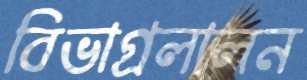
বিভাগ্রলালন